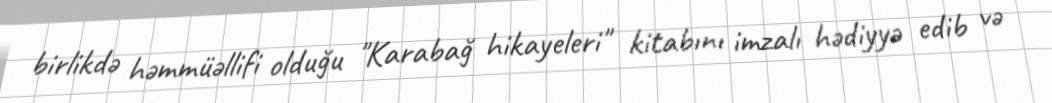
birlikdə həmmüəllifi olduğu "Karabağ hikayeleri" kitabını imzalı hədiyyə edib və